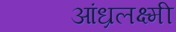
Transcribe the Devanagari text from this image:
आंध्रलक्ष्मी